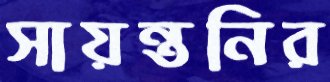
সায়ন্তনির